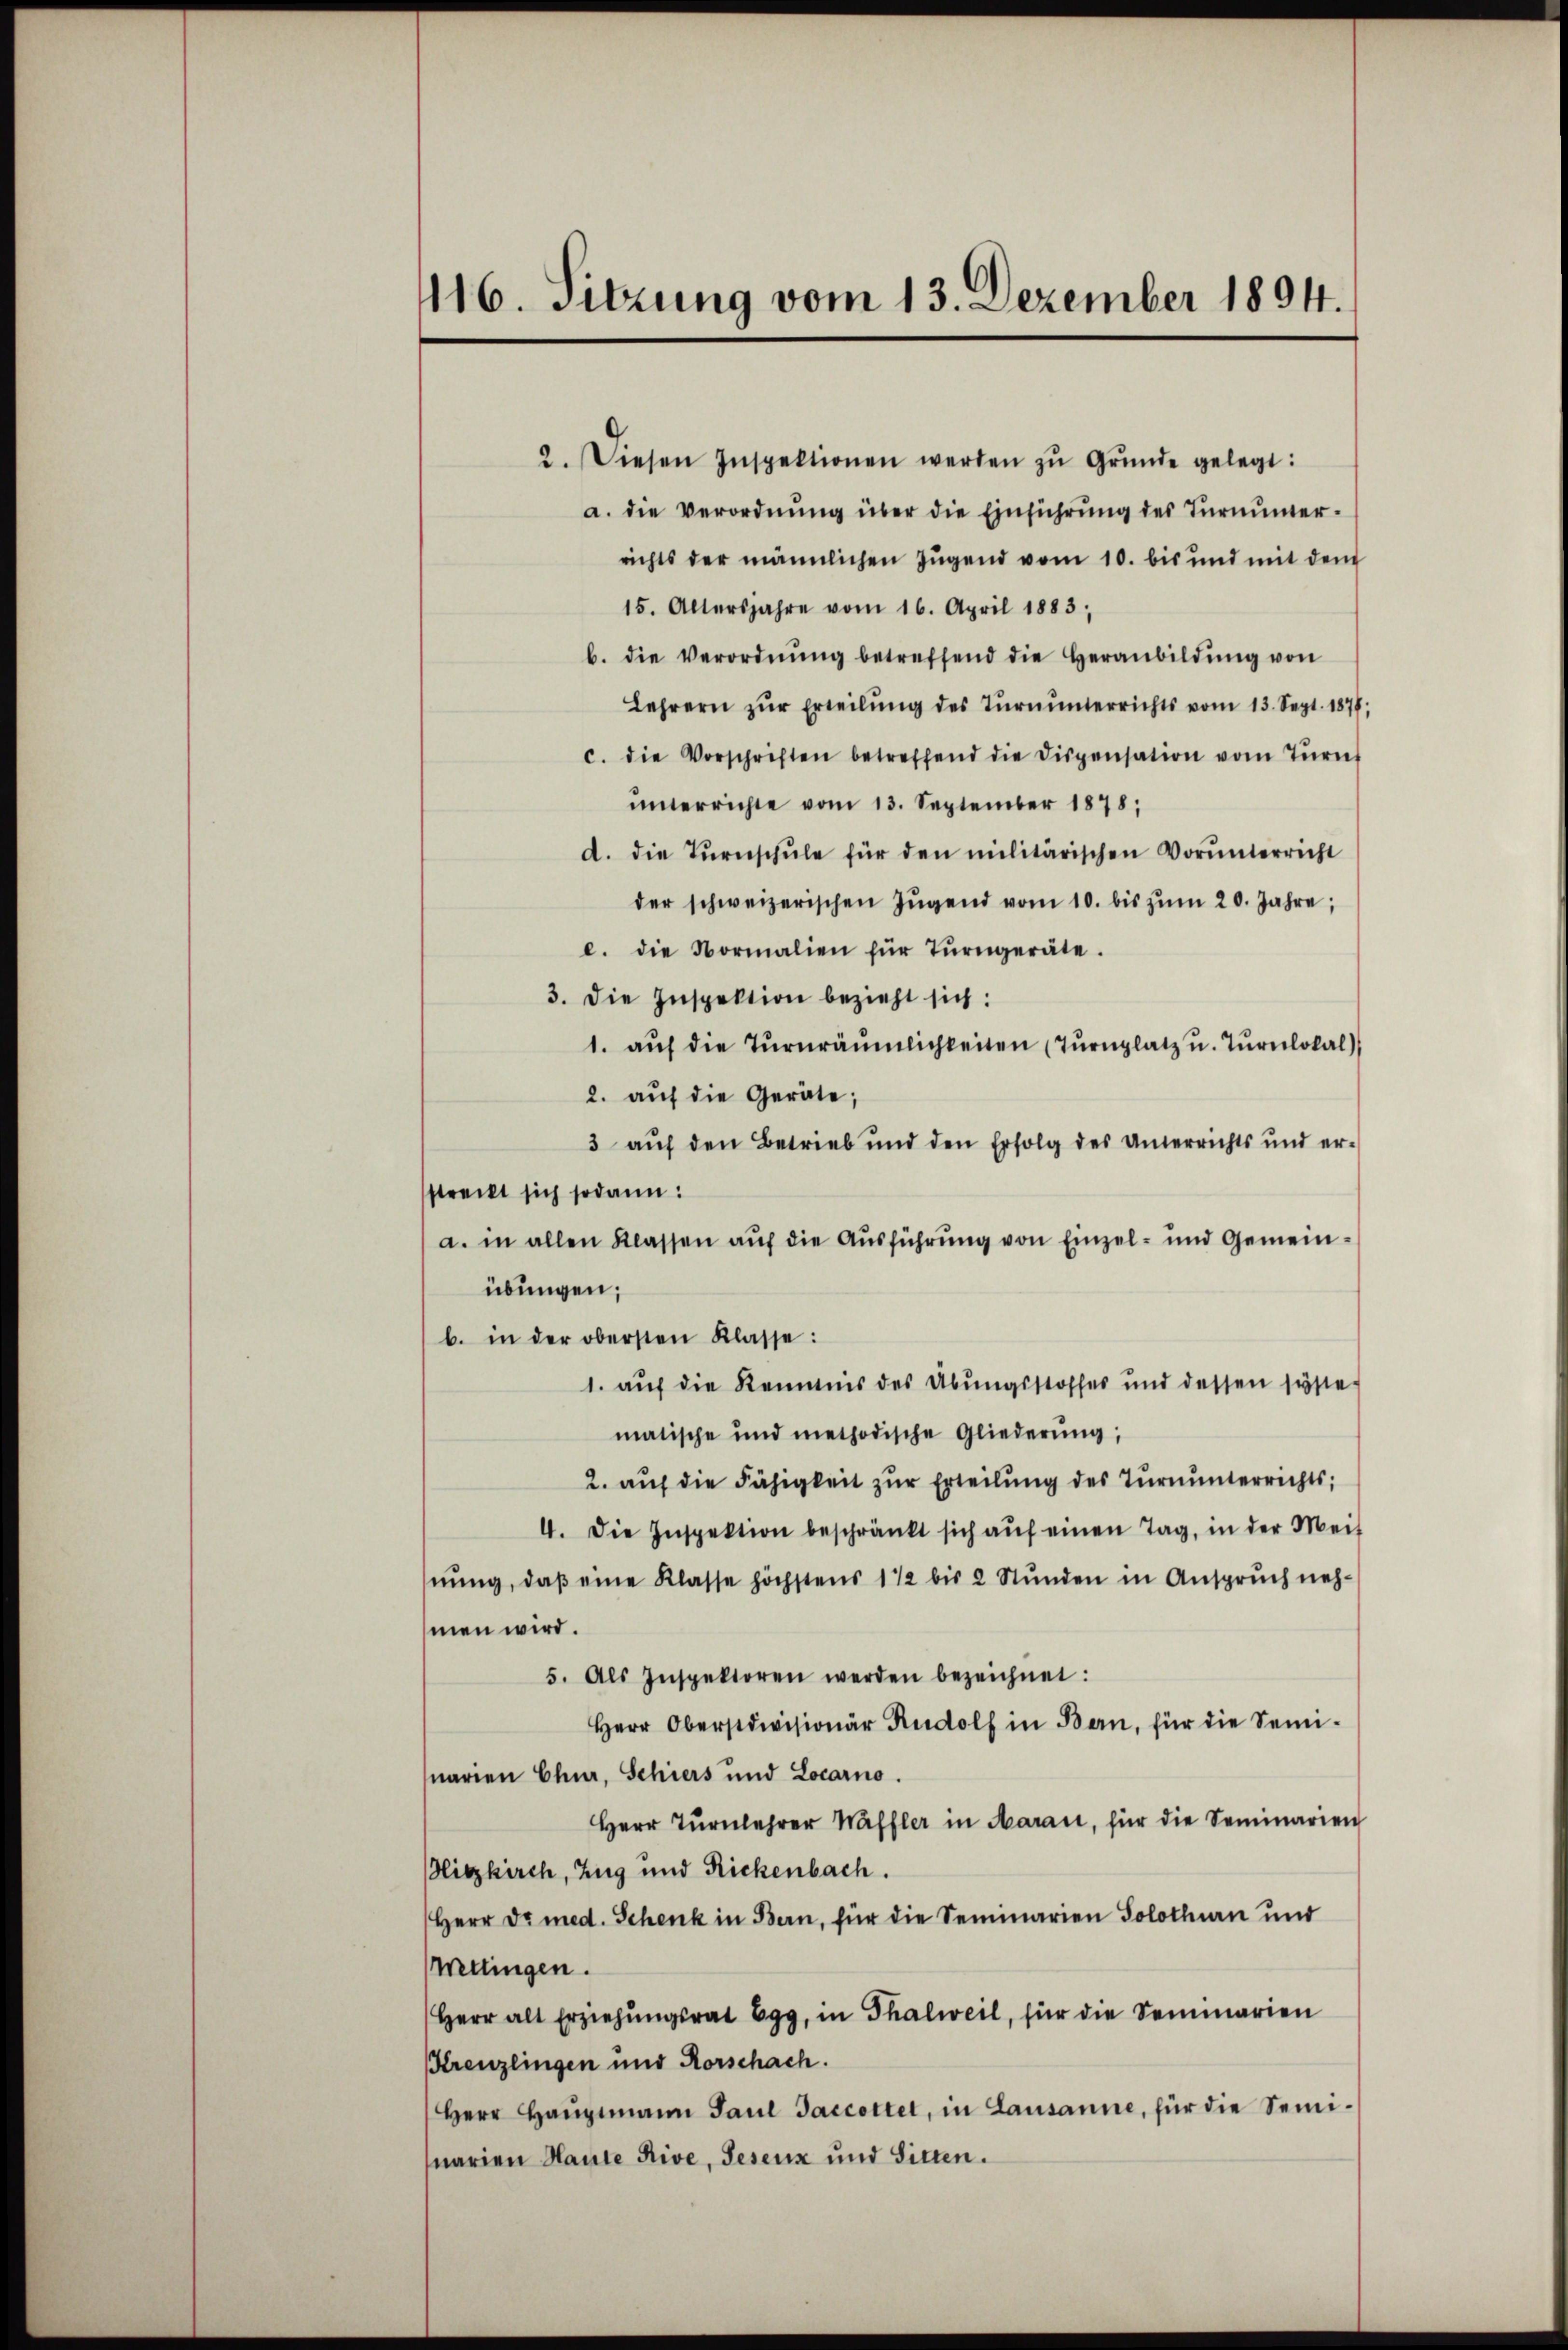
416. Sitzung vom 13. Dezember 1894.

2. Diesen Inspektionen werden zŭ Grŭnde gelegt:
a. die Verordnŭng über die Einführŭng des Tŭrnŭnterrichts der männlichen Jugend vom 10. bis und mit dem
15. Altersjahre vom 16. April 1883;
b. die Verordnŭng betreffend die Heranbildŭng von
Lehrern zŭr Erteilŭng des Tŭrnŭnterrichts vom 13. Sept. 1877;
c. die Vorschriften betreffend die Dispensation vom Tŭrnh
ŭnterrichte vom 13. September 1878;
d. die Tŭrnschŭle für den militärischen Vorŭnterricht
der schweizerischen Jŭgend vom 10. bis zŭm 20. Jahre,
e. die Normalien für Tŭrngeräte.
3. Die Inspektion bezieht sich:
1. aŭf die Tŭrnräŭmlichkeiten (Tŭrnplatz u. Tŭrnlokal),
2. auf die Geräte;
3 auf den Betrieb und den Erfolg des Unterrichts und erstreckt sich sodann:
a. in allen Klassen auf die Ausführung von Einzel- und Gemeinübungen;
b. in der obersten Klasse:
1. auf die Remmnis des Übungsstoffes und dessen syste
matische und methodische Gliederŭng,
2. auf die Fähigkeit zur Erteilung des Turnunterrichts;
4. Die Inspektion beschränkt sich aŭf einen Tag, in der Meis
nŭng, daβ eine Klasse höchstens 1 1/2 bis 2 Stŭnden in Anspruch neh-
men wird.
5. Als Inspektoren werden bezeichnet:
Herr Oberstdivisionär Rudolf in Bern, für die Semi-
narien Chur, Schiers und Locarno.
Herr Tŭrnlehrer Waffler in Aarau, für die Seminarien
Hitzkirch, Zug und Rickenbach.
Herr Dr med. Schenk in Bern, für die Seminarien Solothurn und
mitingen.
Herr alt Erziehŭngsrat Egg, in Thalweil, für die Seminarien
KKreuzlingen und Rorschach.
Herr Haŭptmann Paul Saccotter, in Lausanne, für die Semi-
narien Haute Rive, Peseux und Sitten.